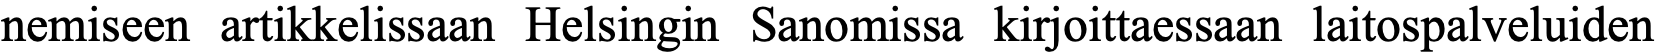
nemiseen artikkelissaan Helsingin Sanomissa kirjoittaessaan laitospalveluiden